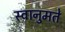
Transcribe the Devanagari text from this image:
स्वानुमते